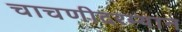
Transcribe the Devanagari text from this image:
चाचणीदरम्यान